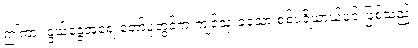
ဤကား နွယ်ခွေအရေးတော်ပုံတွင်က ကျင့်သုံးခဲ့သော စစ်ပရိယာယ်ပင် ဖြစ်သည်။